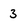
Character: 3